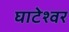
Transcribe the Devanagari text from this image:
घाटेश्वर